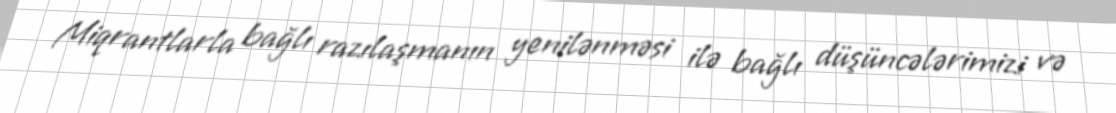
Miqrantlarla bağlı razılaşmanın yenilənməsi ilə bağlı düşüncələrimizi və